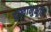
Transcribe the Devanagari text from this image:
दुखानुभूति